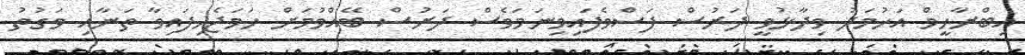
އިބްރާހީމް އަހުމަދު ވިދާޅުވީ ދަރުސް ފަސްވެފައިވިނަމަވެސް ދަރުސް ބޭއްވުމަށް ހަމަޖެހިފައިވާ ތަނާއި ވަގުތު